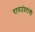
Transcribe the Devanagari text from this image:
रानउंदरांची